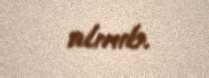
alınıb.